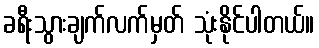
ခရီးသွားချက်လက်မှတ် သုံးနိုင်ပါတယ်။